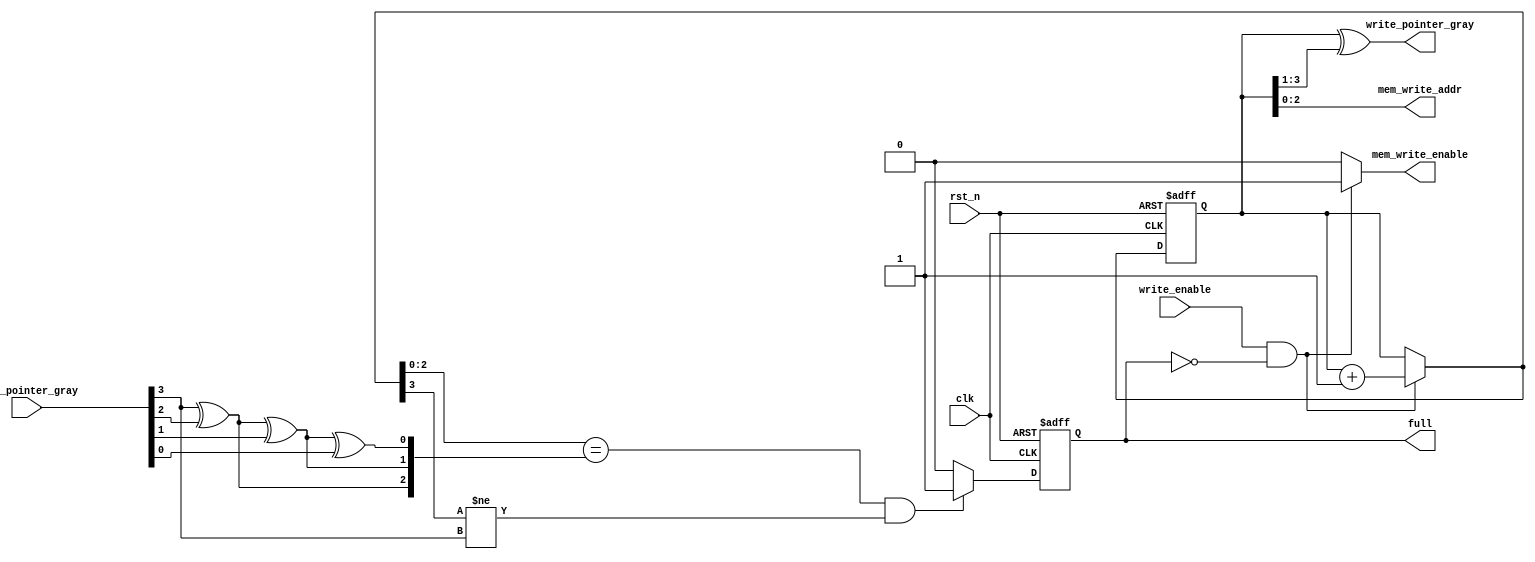
`timescale 1ns / 1ps

module write_control (
    input clk,
    input rst_n,
    input write_enable,
    input [3:0] read_pointer_gray,
    output reg mem_write_enable,
    output reg [2:0] mem_write_addr,
    output reg [3:0] write_pointer_gray,
    output reg full
);

    // internal signal declaration
    reg [3:0] read_pointer;
    reg [3:0] write_pointer;

    reg [3:0] write_pointer_next;
    reg full_next;

    // write pointer and full signal update
    always @(posedge clk, negedge rst_n) begin
        if (~rst_n) begin
            write_pointer <= 4'h0;
            full          <= 0;
        end
        else begin
            write_pointer <= write_pointer_next;
            full          <= full_next;
        end
    end

    // write enable and pointer logic
    always @(*) begin
        if (write_enable & (~full)) begin
            mem_write_enable   = 1;
            write_pointer_next = write_pointer + 1'b1;
        end
        else begin
            mem_write_enable   = 0;
            write_pointer_next = write_pointer;
        end
    end

    // gray to normal binary conversion
    always @(*) begin
        write_pointer_gray = (write_pointer ^ (write_pointer >> 1));
        read_pointer = {
            read_pointer_gray[3],
            read_pointer_gray[3] ^ read_pointer_gray[2],
            (read_pointer_gray[3] ^ read_pointer_gray[2]) ^ read_pointer_gray[1],
            ((read_pointer_gray[3]^read_pointer_gray[2])^read_pointer_gray[1])^read_pointer_gray[0]
        };
    end

    // full signal logic
    always @(*) begin
        if ((write_pointer_next[2:0] == read_pointer[2:0]) && (write_pointer_next[3] !=  read_pointer[3])) begin
            full_next = 1'b1;
        end
        else begin
            full_next = 1'b0;
        end
    end

    // memory write address output
    always @(*) begin
        mem_write_addr = write_pointer[2:0];
    end

endmodule